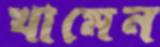
খামেন